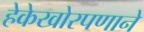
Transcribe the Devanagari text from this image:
हेकेखोरपणाने